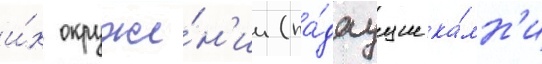
и́х окруже́н'ии (па́даущие ка́мн'и